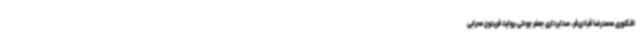
افکتوری محمدرضا قبادی‌فر، صدابرداری جعفر جودتی،روایت فریدون محرابی